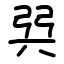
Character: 㢲